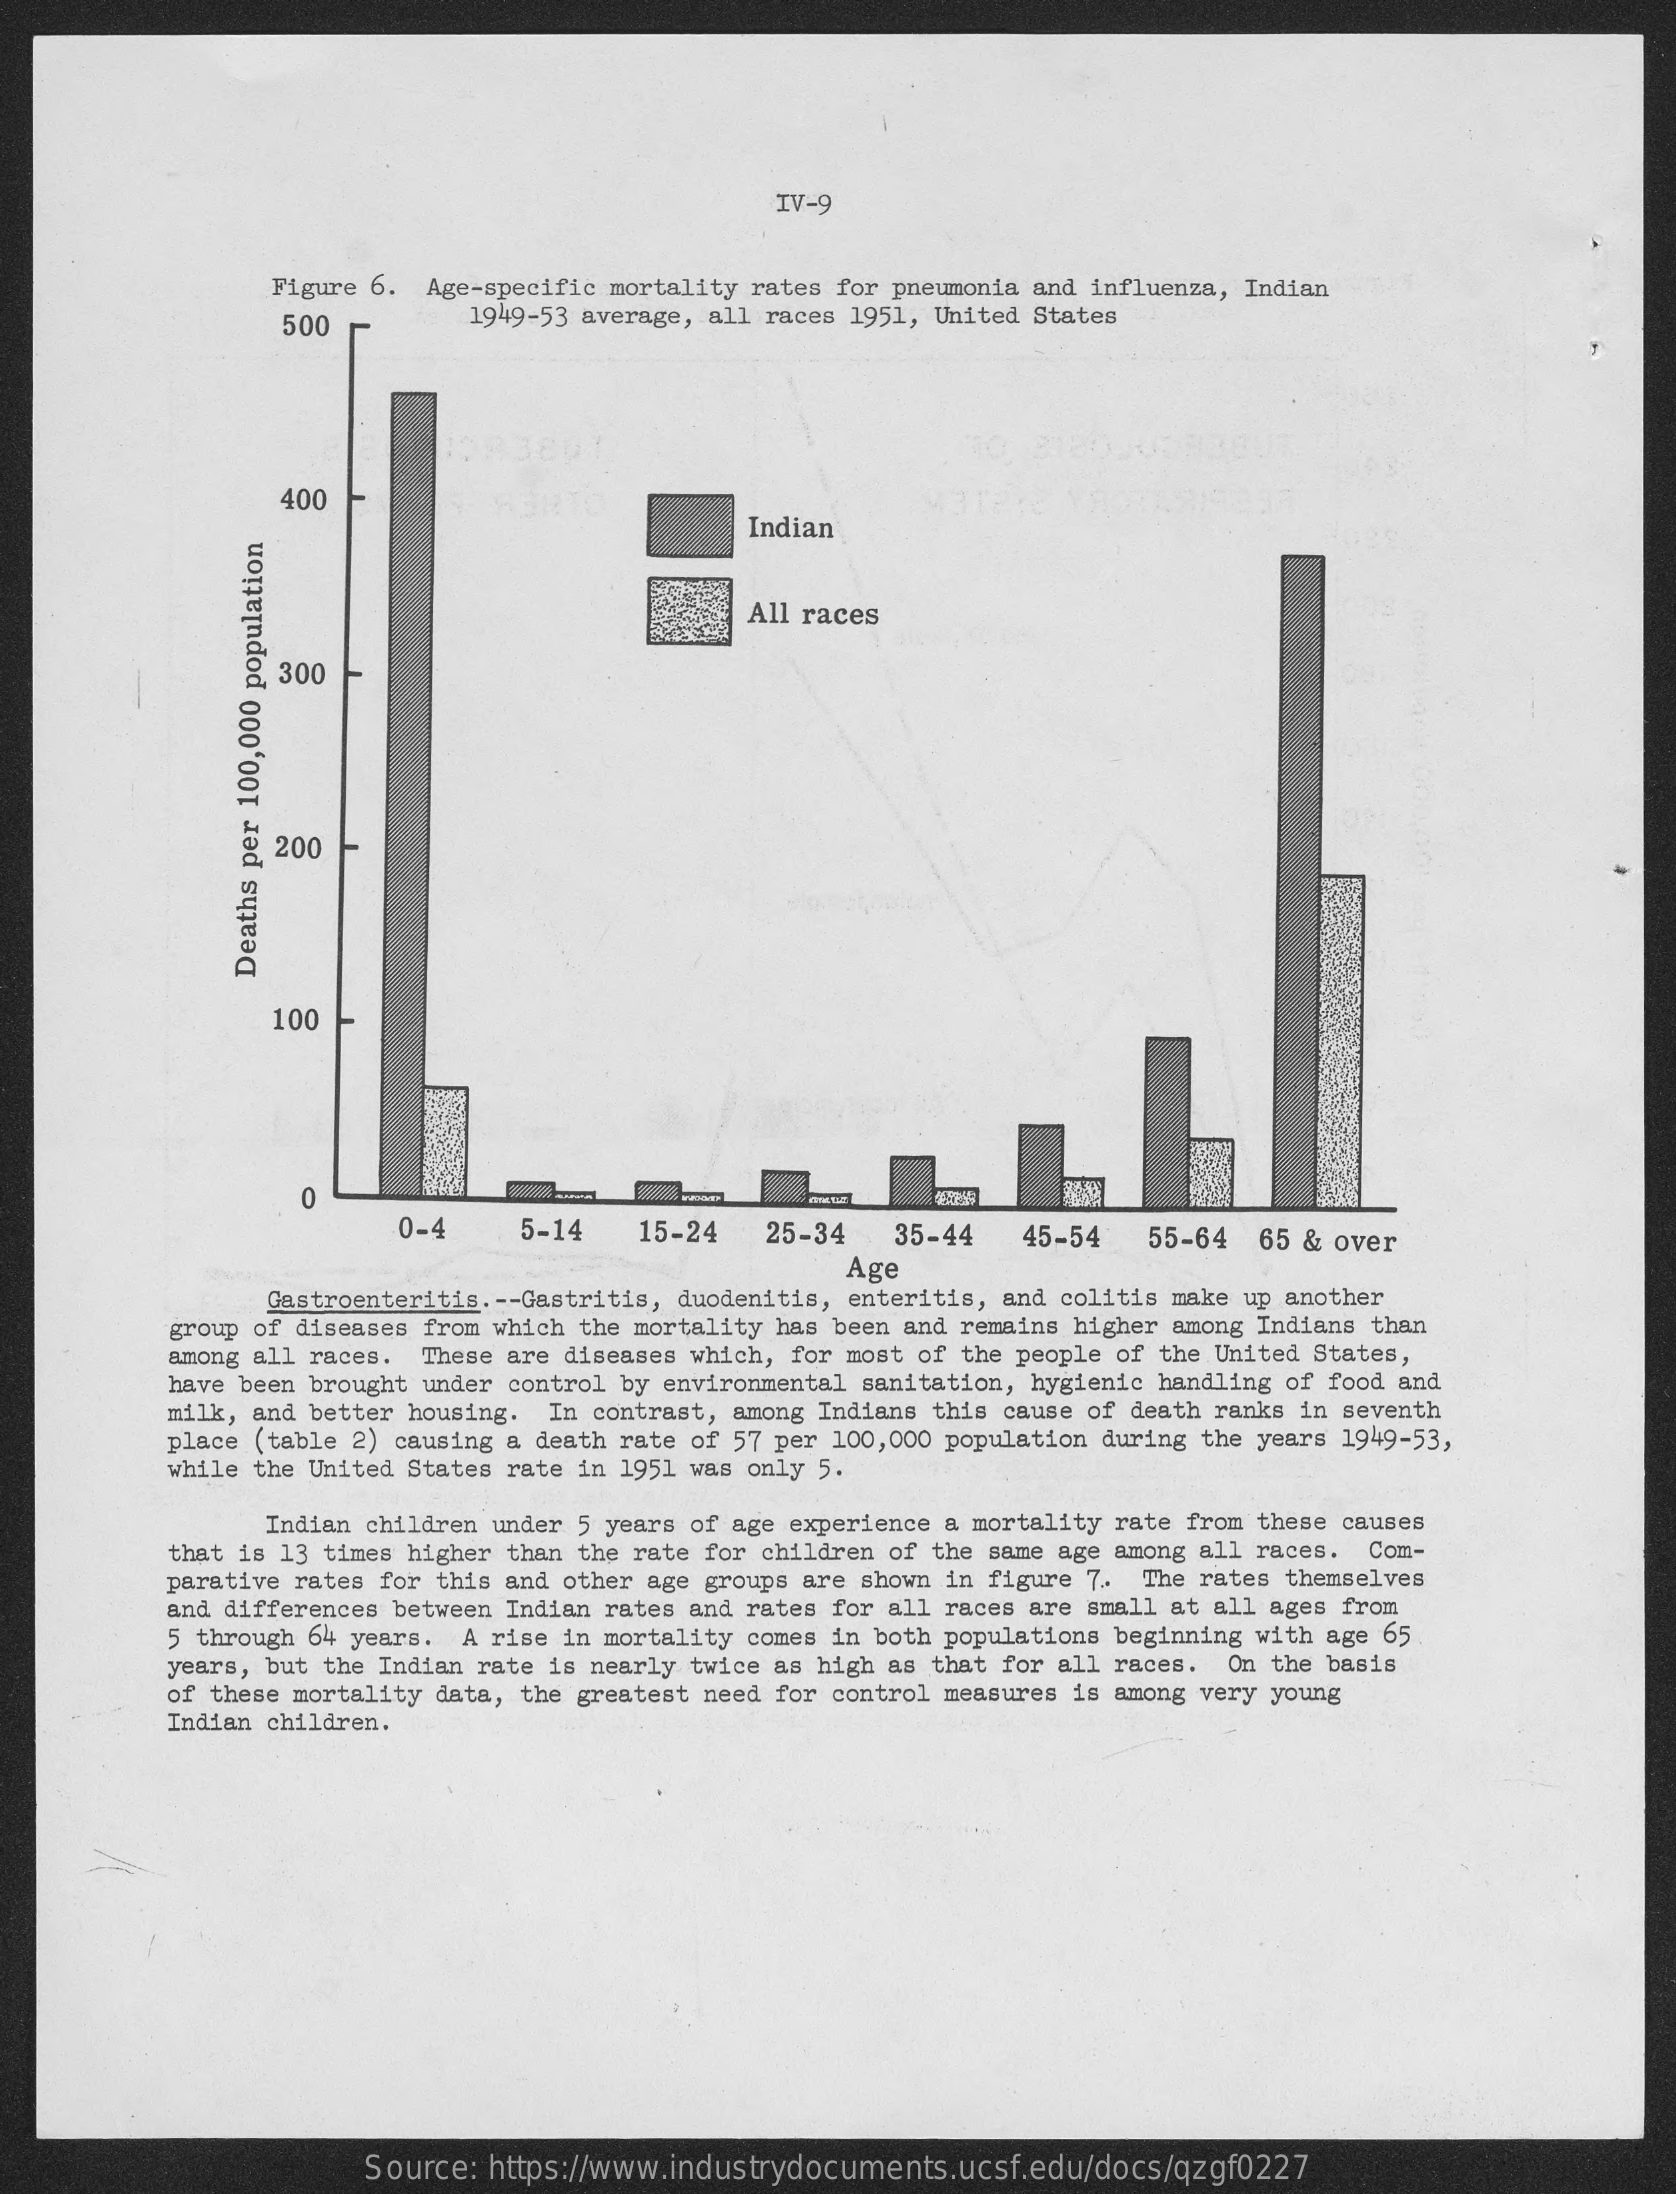
IV-9
     Figure 6. Age-specific mortality rates for pneumonia and influenza, Indian
     500    1949-53 average, all races 1951, United States
     400
     Indian
     All races
     & 300
     200
     Deaths
     per
     100,000
     population
     100
     0-4    5-14    15-24  25-34   35-44   45-54   55-64 65 & over
     Age
     Gastroenteritis .-- Gastritis, duodenitis, enteritis, and colitis make up another
     among all races.
     group of diseases from which the mortality has been and remains higher among Indians than
     These are diseases which, for most of the people of the United States,
     have been brought under control by environmental sanitation, hygienic handling of food and
     milk, and better housing. In contrast, among Indians this cause of death ranks in seventh
     place (table 2) causing a death rate of 57 per 100, 000 population during the years 1949-53,
     while the United States rate in 1951 was only 5.
     Indian children under 5 years of age experience a mortality rate from these causes
     that is 13 times higher than the rate for children of the same age among all races. Com-
     parative rates for this and other age groups are shown in figure 7. The rates themselves
     and differences between Indian rates and rates for all races are small at all ages from
     5 through 64 years. A rise in mortality comes in both populations beginning with age 65
     years, but the Indian rate is nearly twice as high as that for all races. On the basis
     Indian children.
     of these mortality data, the greatest need for control measures is among very young
     Source: https://www.industrydocuments.ucsf.edu/docs/qzgf0227